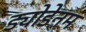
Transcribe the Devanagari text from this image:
ड्योडेनम